65_HS1-834228961_62-HQ-83894_Section_5
Agency: FBI
Page 115
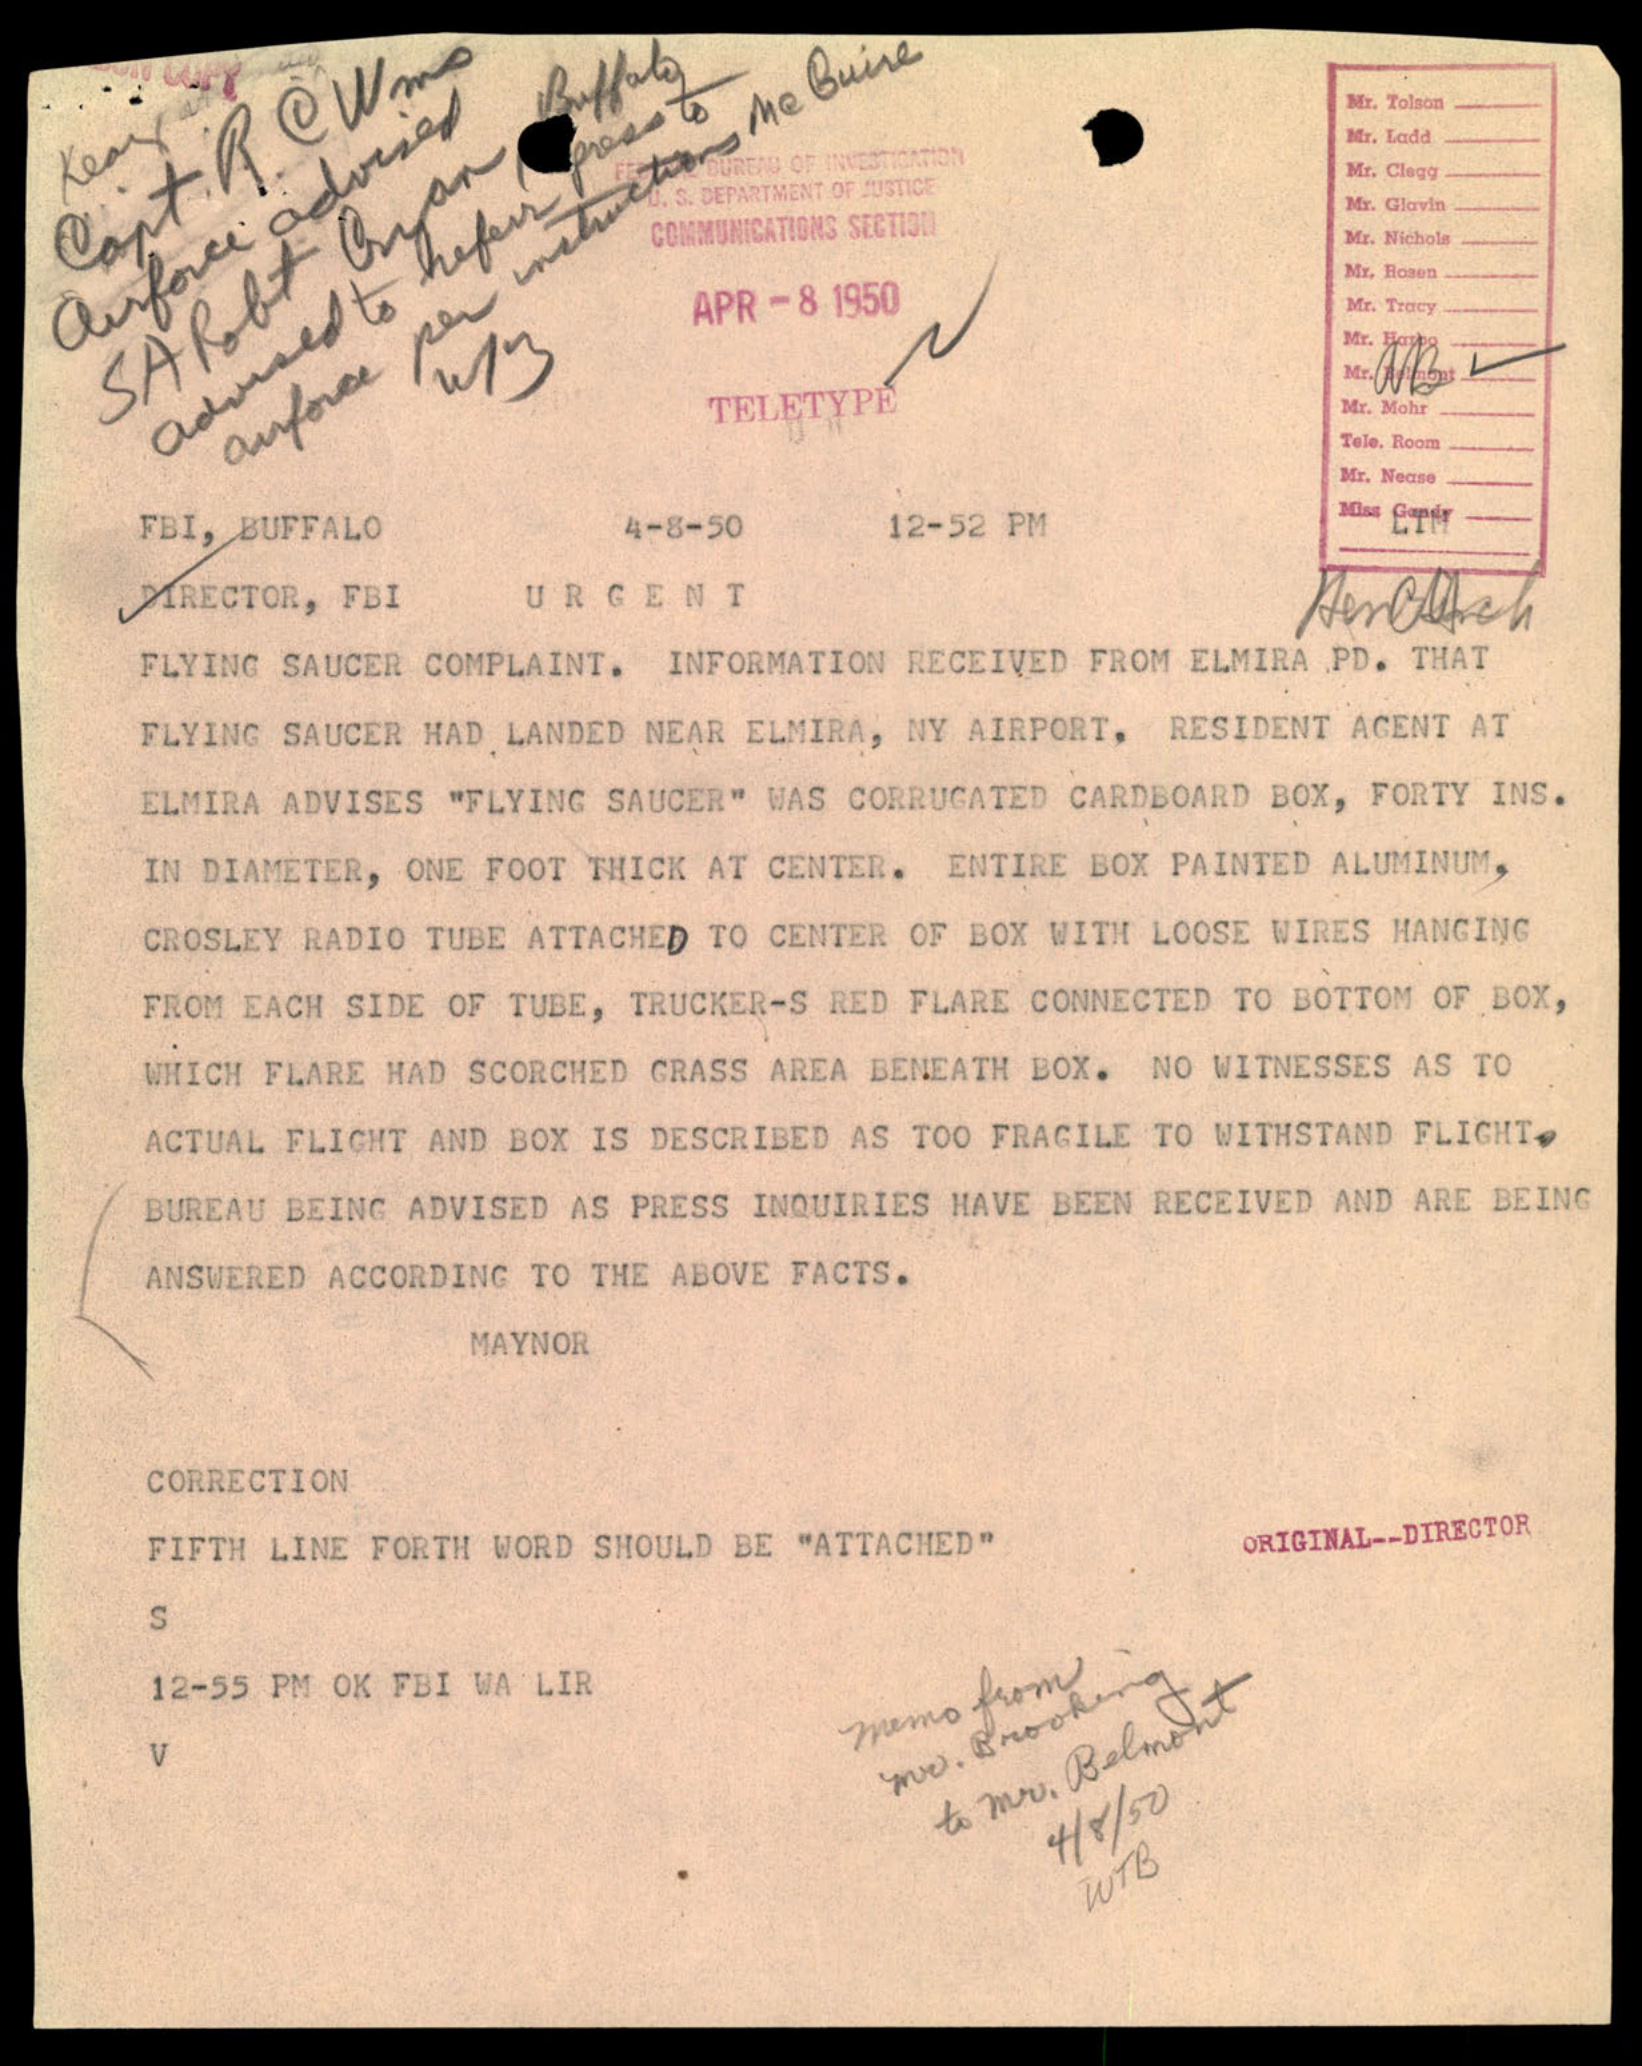